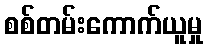
စစ်တမ်းကောက်ယူမှု